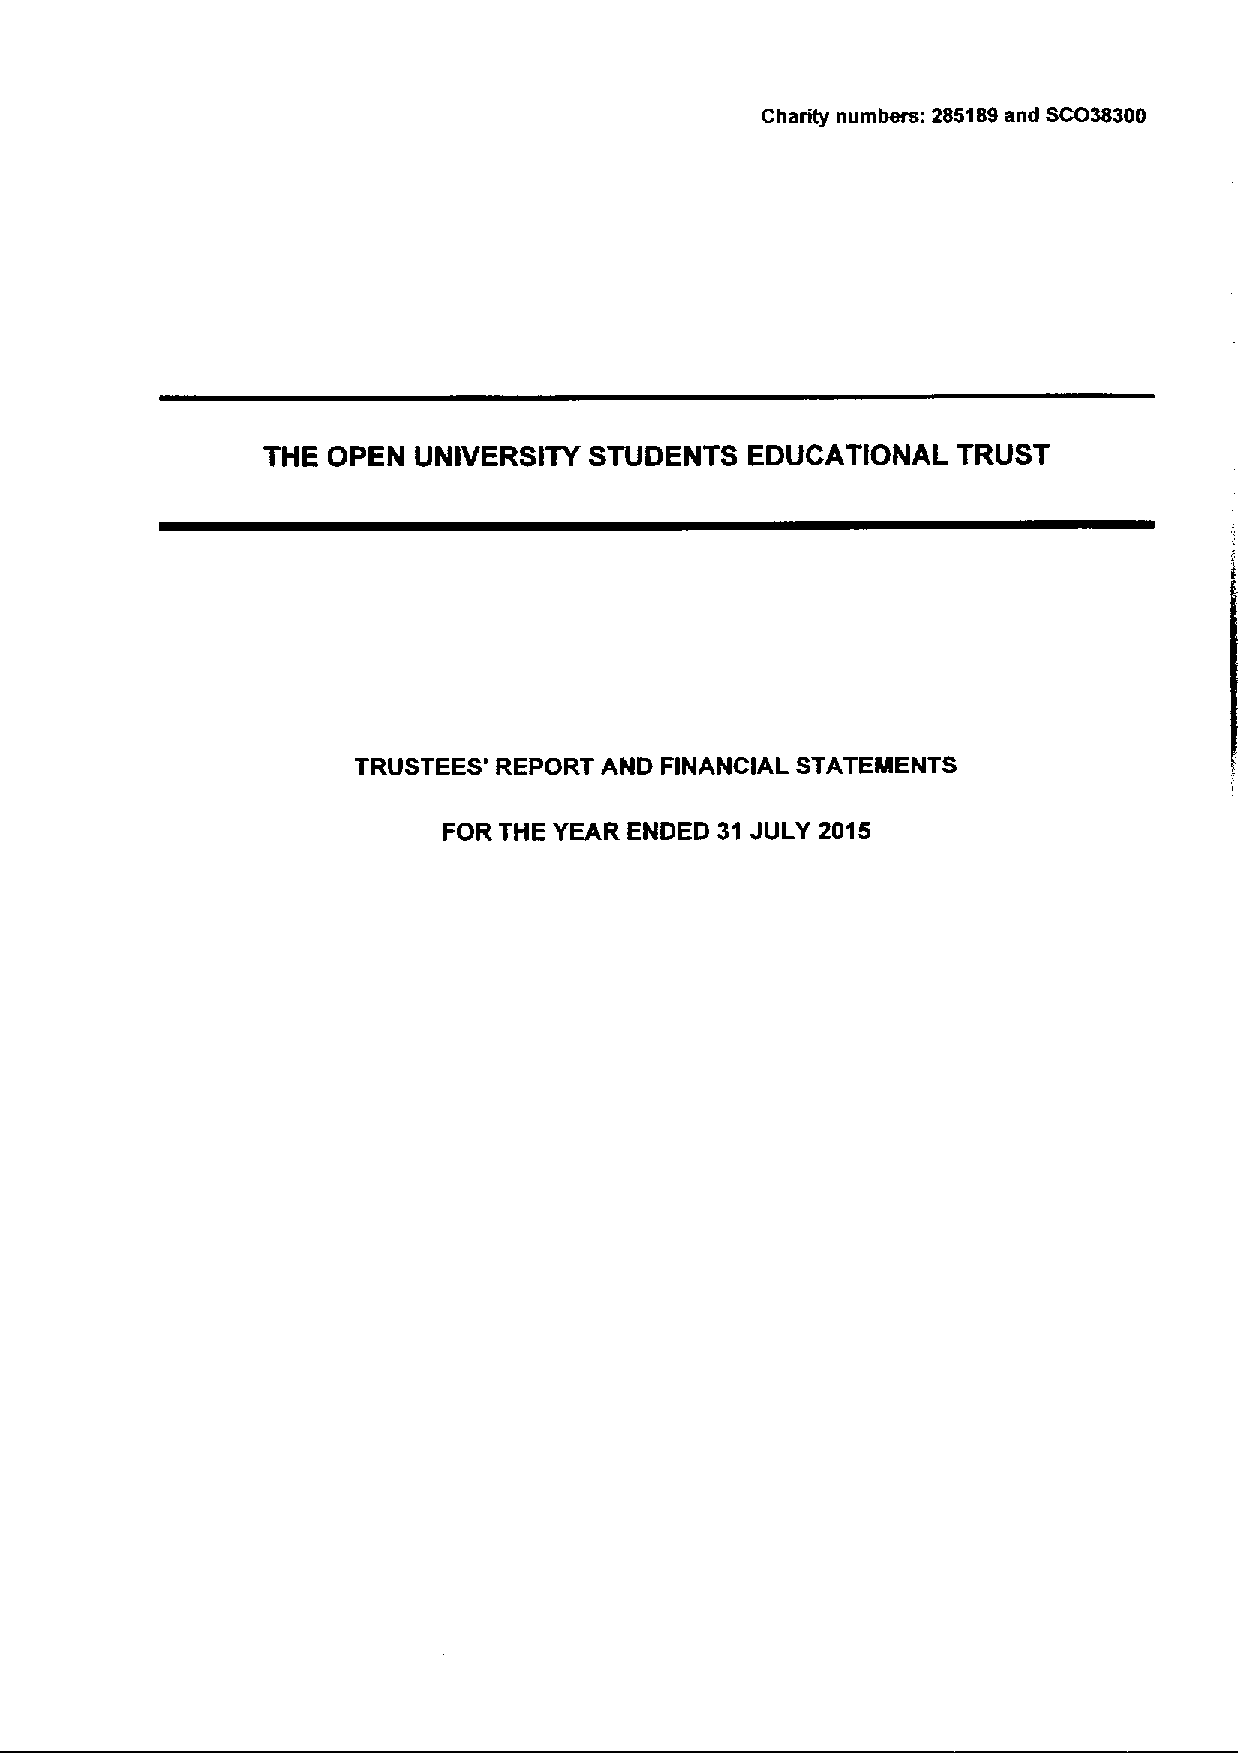
Charity numbers: 285189and SCO38300
 THE  OPEN UNIVERSITY  STUDENTS   EDUCATIONAL  TRUST
 TRUSTEES' REPORT AND FINANCIAL STATEMENTS
 FOR THE YEAR ENDED 31 JULY 2015